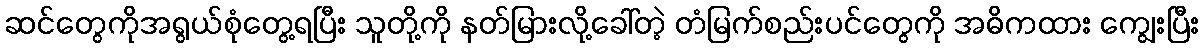
ဆင်တွေကိုအရွယ်စုံတွေ့ရပြီး သူတို့ကို နတ်မြားလို့ခေါ်တဲ့ တံမြက်စည်းပင်တွေကို အဓိကထား ကျွေးပြီး